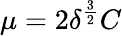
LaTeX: \mu=2\delta^{\frac{3}{2}}C